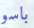
باسو